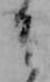
そ